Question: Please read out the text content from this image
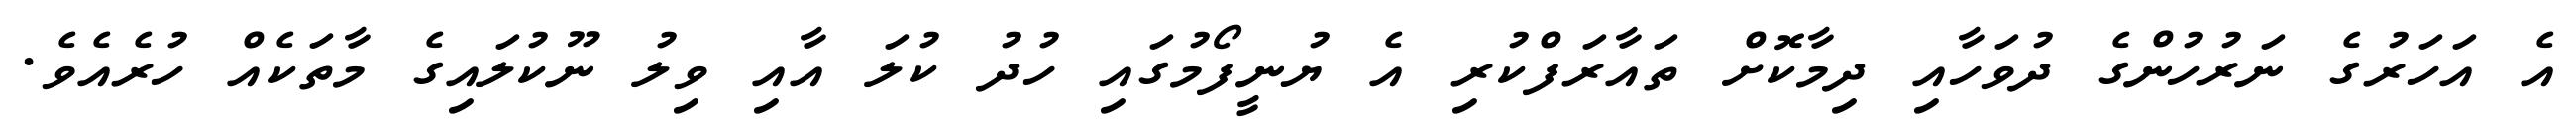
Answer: އެ އަހަރުގެ ނަރުހުންގެ ދުވަހާއި ދިމާކޮށް ތައާރަފްކުރި އެ ޔުނީފޯމުގައި ހުދު ކުލަ އާއި ވިލު ނޫކުލައިގެ މާތަކެއް ހުރެއެވެ.